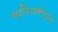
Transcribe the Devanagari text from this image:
शरीररचनेनुसार